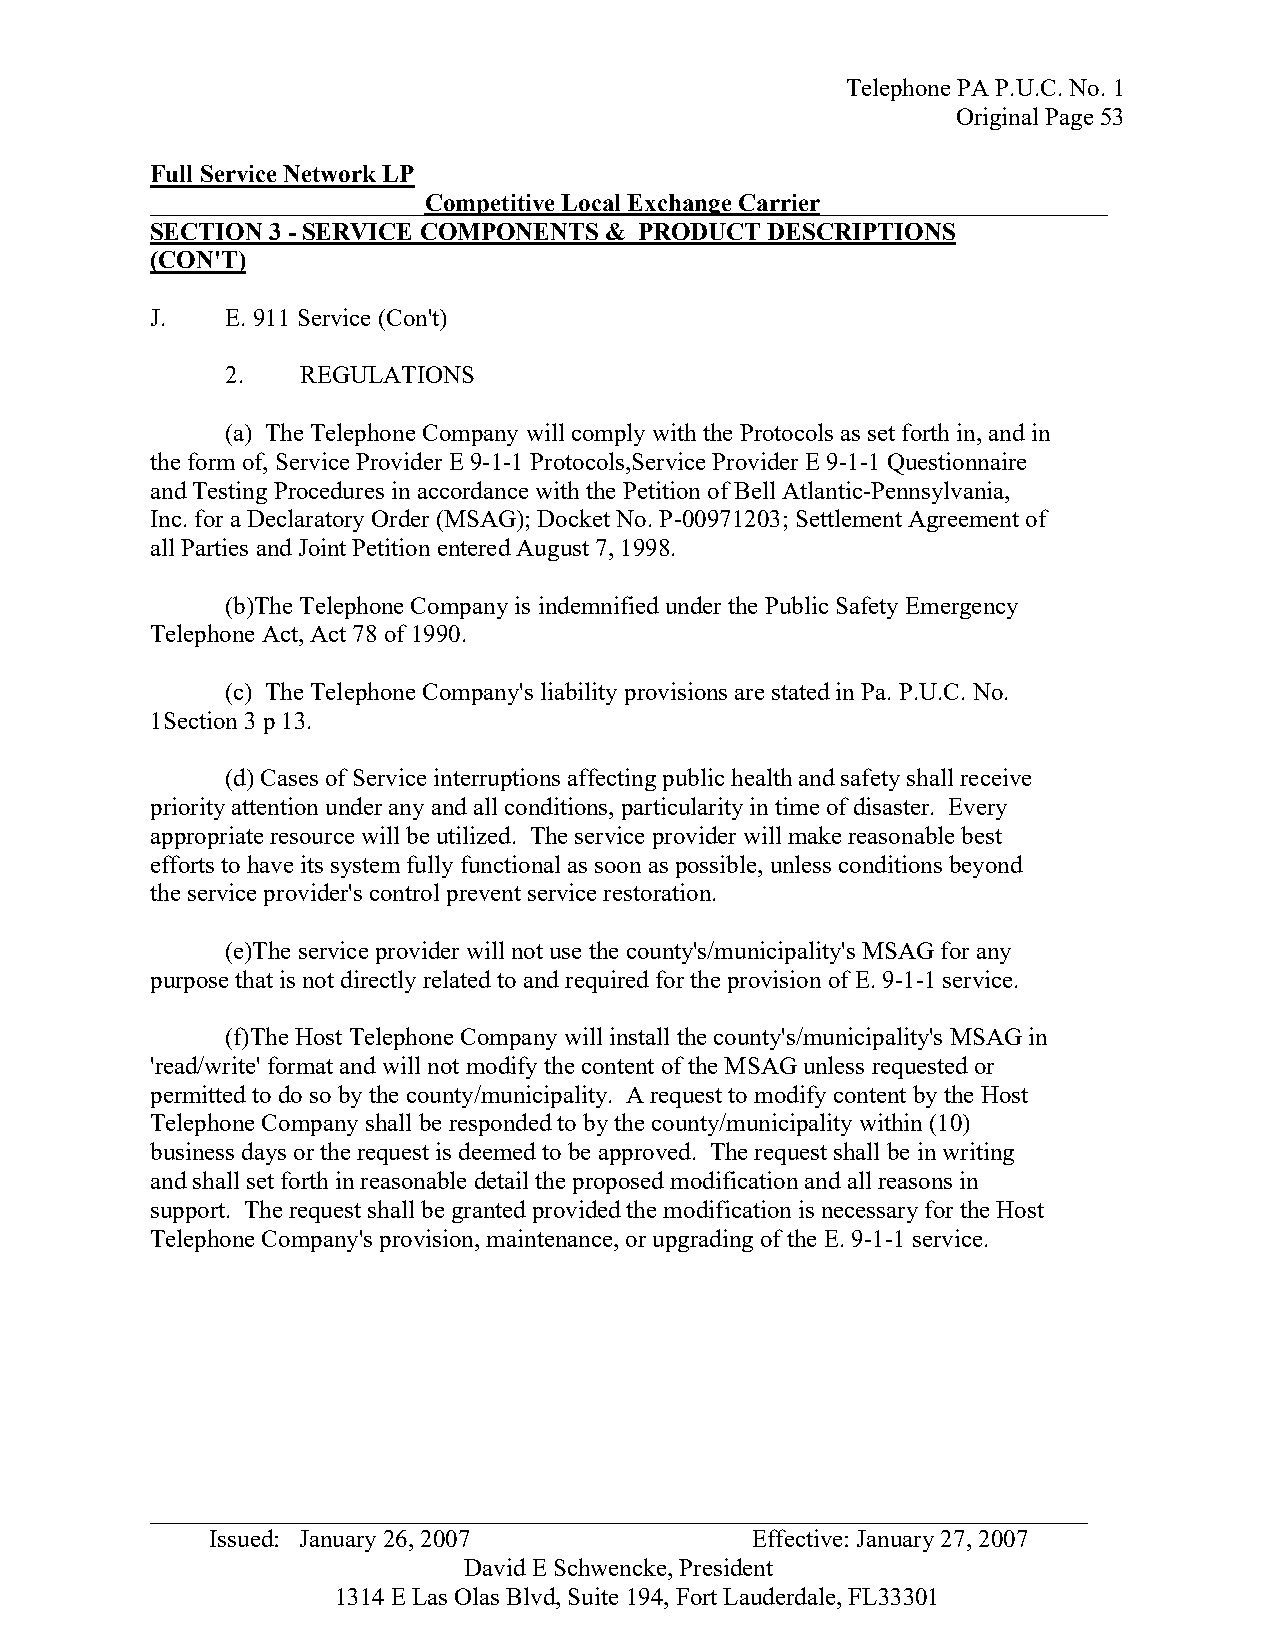
Telephone PA P.U.C. No. 1
 Original Page 53
 Full Service Network LP
 ______________________Competitive Local Exchange Carrier_______________________
 SECTION 3 - SERVICE COMPONENTS & PRODUCT DESCRIPTIONS
 (CON'T)
 J.   E. 911 Service (Con't)
 2.   REGULATIONS
 (a) The Telephone Company will comply with the Protocols as set forth in, and in
 the form of, Service Provider E 9-1-1 Protocols,Service Provider E 9-1-1 Questionnaire
 and Testing Procedures in accordance with the Petition of Bell Atlantic-Pennsylvania,
 Inc. for a Declaratory Order (MSAG); Docket No. P-00971203; Settlement Agreement of
 all Parties and Joint Petition entered August 7, 1998.
 (b)The Telephone Company is indemnified under the Public Safety Emergency
 Telephone Act, Act 78 of 1990.
 (c) The Telephone Company's liability provisions are stated in Pa. P.U.C. No.
 1Section 3 p 13.
 (d) Cases of Service interruptions affecting public health and safety shall receive
 priority attention under any and all conditions, particularity in time of disaster. Every
 appropriate resource will be utilized. The service provider will make reasonable best
 efforts to have its system fully functional as soon as possible, unless conditions beyond
 the service provider's control prevent service restoration.
 (e)The service provider will not use the county's/municipality's MSAG for any
 purpose that is not directly related to and required for the provision of E. 9-1-1 service.
 (f)The Host Telephone Company will install the county's/municipality's MSAG in
 'read/write' format and will not modify the content of the MSAG unless requested or
 permitted to do so by the county/municipality. A request to modify content by the Host
 Telephone Company shall be responded to by the county/municipality within (10)
 business days or the request is deemed to be approved. The request shall be in writing
 and shall set forth in reasonable detail the proposed modification and all reasons in
 support. The request shall be granted provided the modification is necessary for the Host
 Telephone Company's provision, maintenance, or upgrading of the E. 9-1-1 service.
 _ __________________________________________________________________________
 Issued: January 26, 2007            Effective: January 27, 2007
 David E Schwencke, President
 1314 E Las Olas Blvd, Suite 194, Fort Lauderdale, FL33301